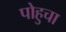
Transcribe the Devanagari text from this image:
पोहुचा